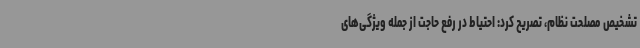
تشخیص مصلحت نظام، تصریح کرد: احتیاط در رفع حاجت از جمله ویژگی‌های